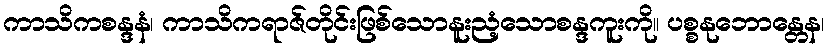
ကာသိကစန္ဒနံ၊ ကာသိကရာဇ်တိုင်းဖြစ်သောနူးညံ့သောစန္ဒကူးကို။ ပစ္စနုဘောန္တေန၊